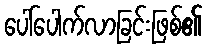
ပေါ်ပေါက်လာခြင်းဖြစ်၏